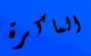
الماكرة